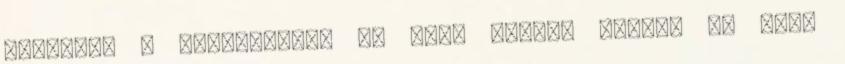
létreéte a bátorságot. Új való ragasz kodást és vagy